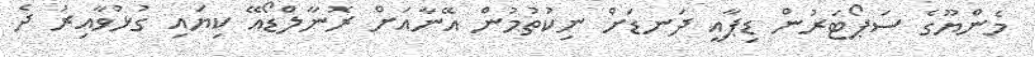
މެންޔޫގެ ސަޕޯޓަރުން ޑިޕާއީ ދަނޑަށް ނިކުތުމުން އޭނާއަށް ރޮނާލްޑޯއޭ ކިޔައި ގުޅުވާއިރު ދެ